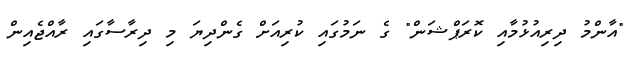
"އާންމު ދިރިއުޅުމާއި ކޮރަޕްޝަން" ގެ ނަމުގައި ކުރިއަށް ގެންދިޔަ މި ދިރާސާގައި ރާއްޖެއިން